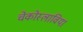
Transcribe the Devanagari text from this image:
चेकोस्लाविया